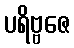
ပရိဗ္ဗဇေ